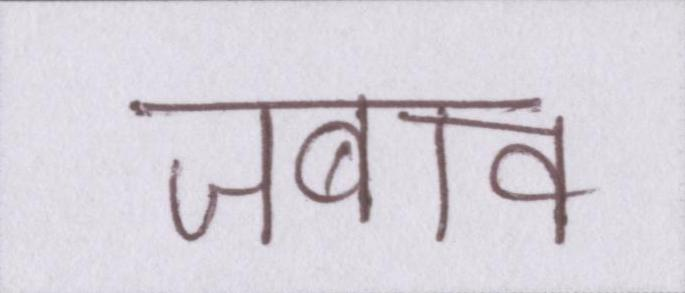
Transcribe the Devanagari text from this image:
जबाव